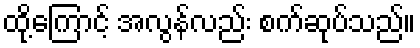
ထို့ကြောင့် အလွန်လည်း စက်ဆုပ်သည်။